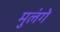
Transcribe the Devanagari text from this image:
मुलंगे